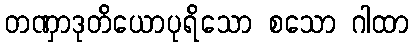
တဏှာဒုတိယောပုရိသော စသော ဂါထာ